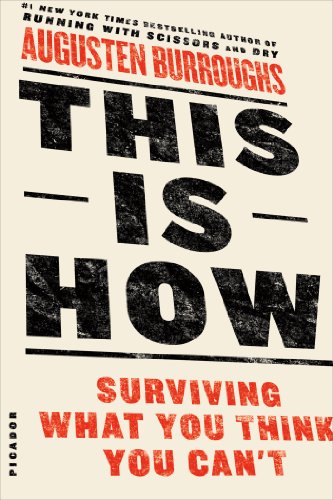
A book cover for This Is How: Surviving What You Think You Can't; Augusten Burroughs; Humor & Entertainment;